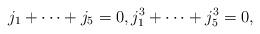
LaTeX: \begin{align*}j_1+\dots+j_5=0, j_1^3+\dots+j_5^3=0,\end{align*}